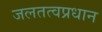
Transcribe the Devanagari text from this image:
जलतत्वप्रधान